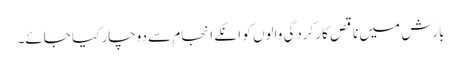
بارش میں ناقص کارکردگی والوں کو انکے انجام سے دوچار کیا جائے۔